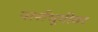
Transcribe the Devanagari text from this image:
पार्शभूमीवर